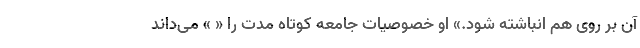
آن بر روی هم انباشته شود.» او خصوصیات جامعه کوتاه مدت را « » می‌داند